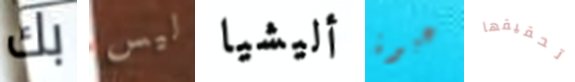
بك ليس أليشيا عبوة تحقيقها